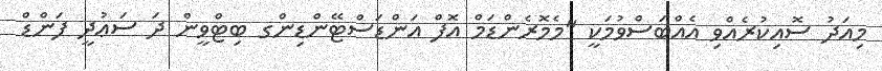
މިއަދު ސޮއިކުރެއްވި އެއްބަސްވުމަކީ "މެމޮރެންޑަމް އޮފް އަންޑަސްޓޭންޑިންގ ބިޓްވީން ދަ ސަޢުދީ ފަންޑް